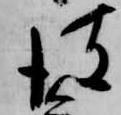
彼